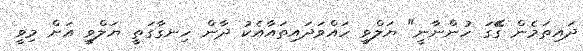
ދައިތަމެން ގެޭގަ ހުންނާނީ" ޔަލްވީ ހައްވަދައިތައާއެކު ދާން ހިނގާގަތީ ޔަލްވީ އަށް މިވީ